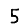
Digit: 5